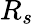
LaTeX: R_{s}